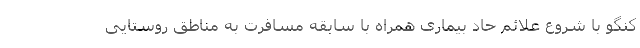
کنگو با شروع علائم حاد بیماری همراه با سابقه مسافرت به مناطق روستایی